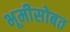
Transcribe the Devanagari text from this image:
भूमीसोबत